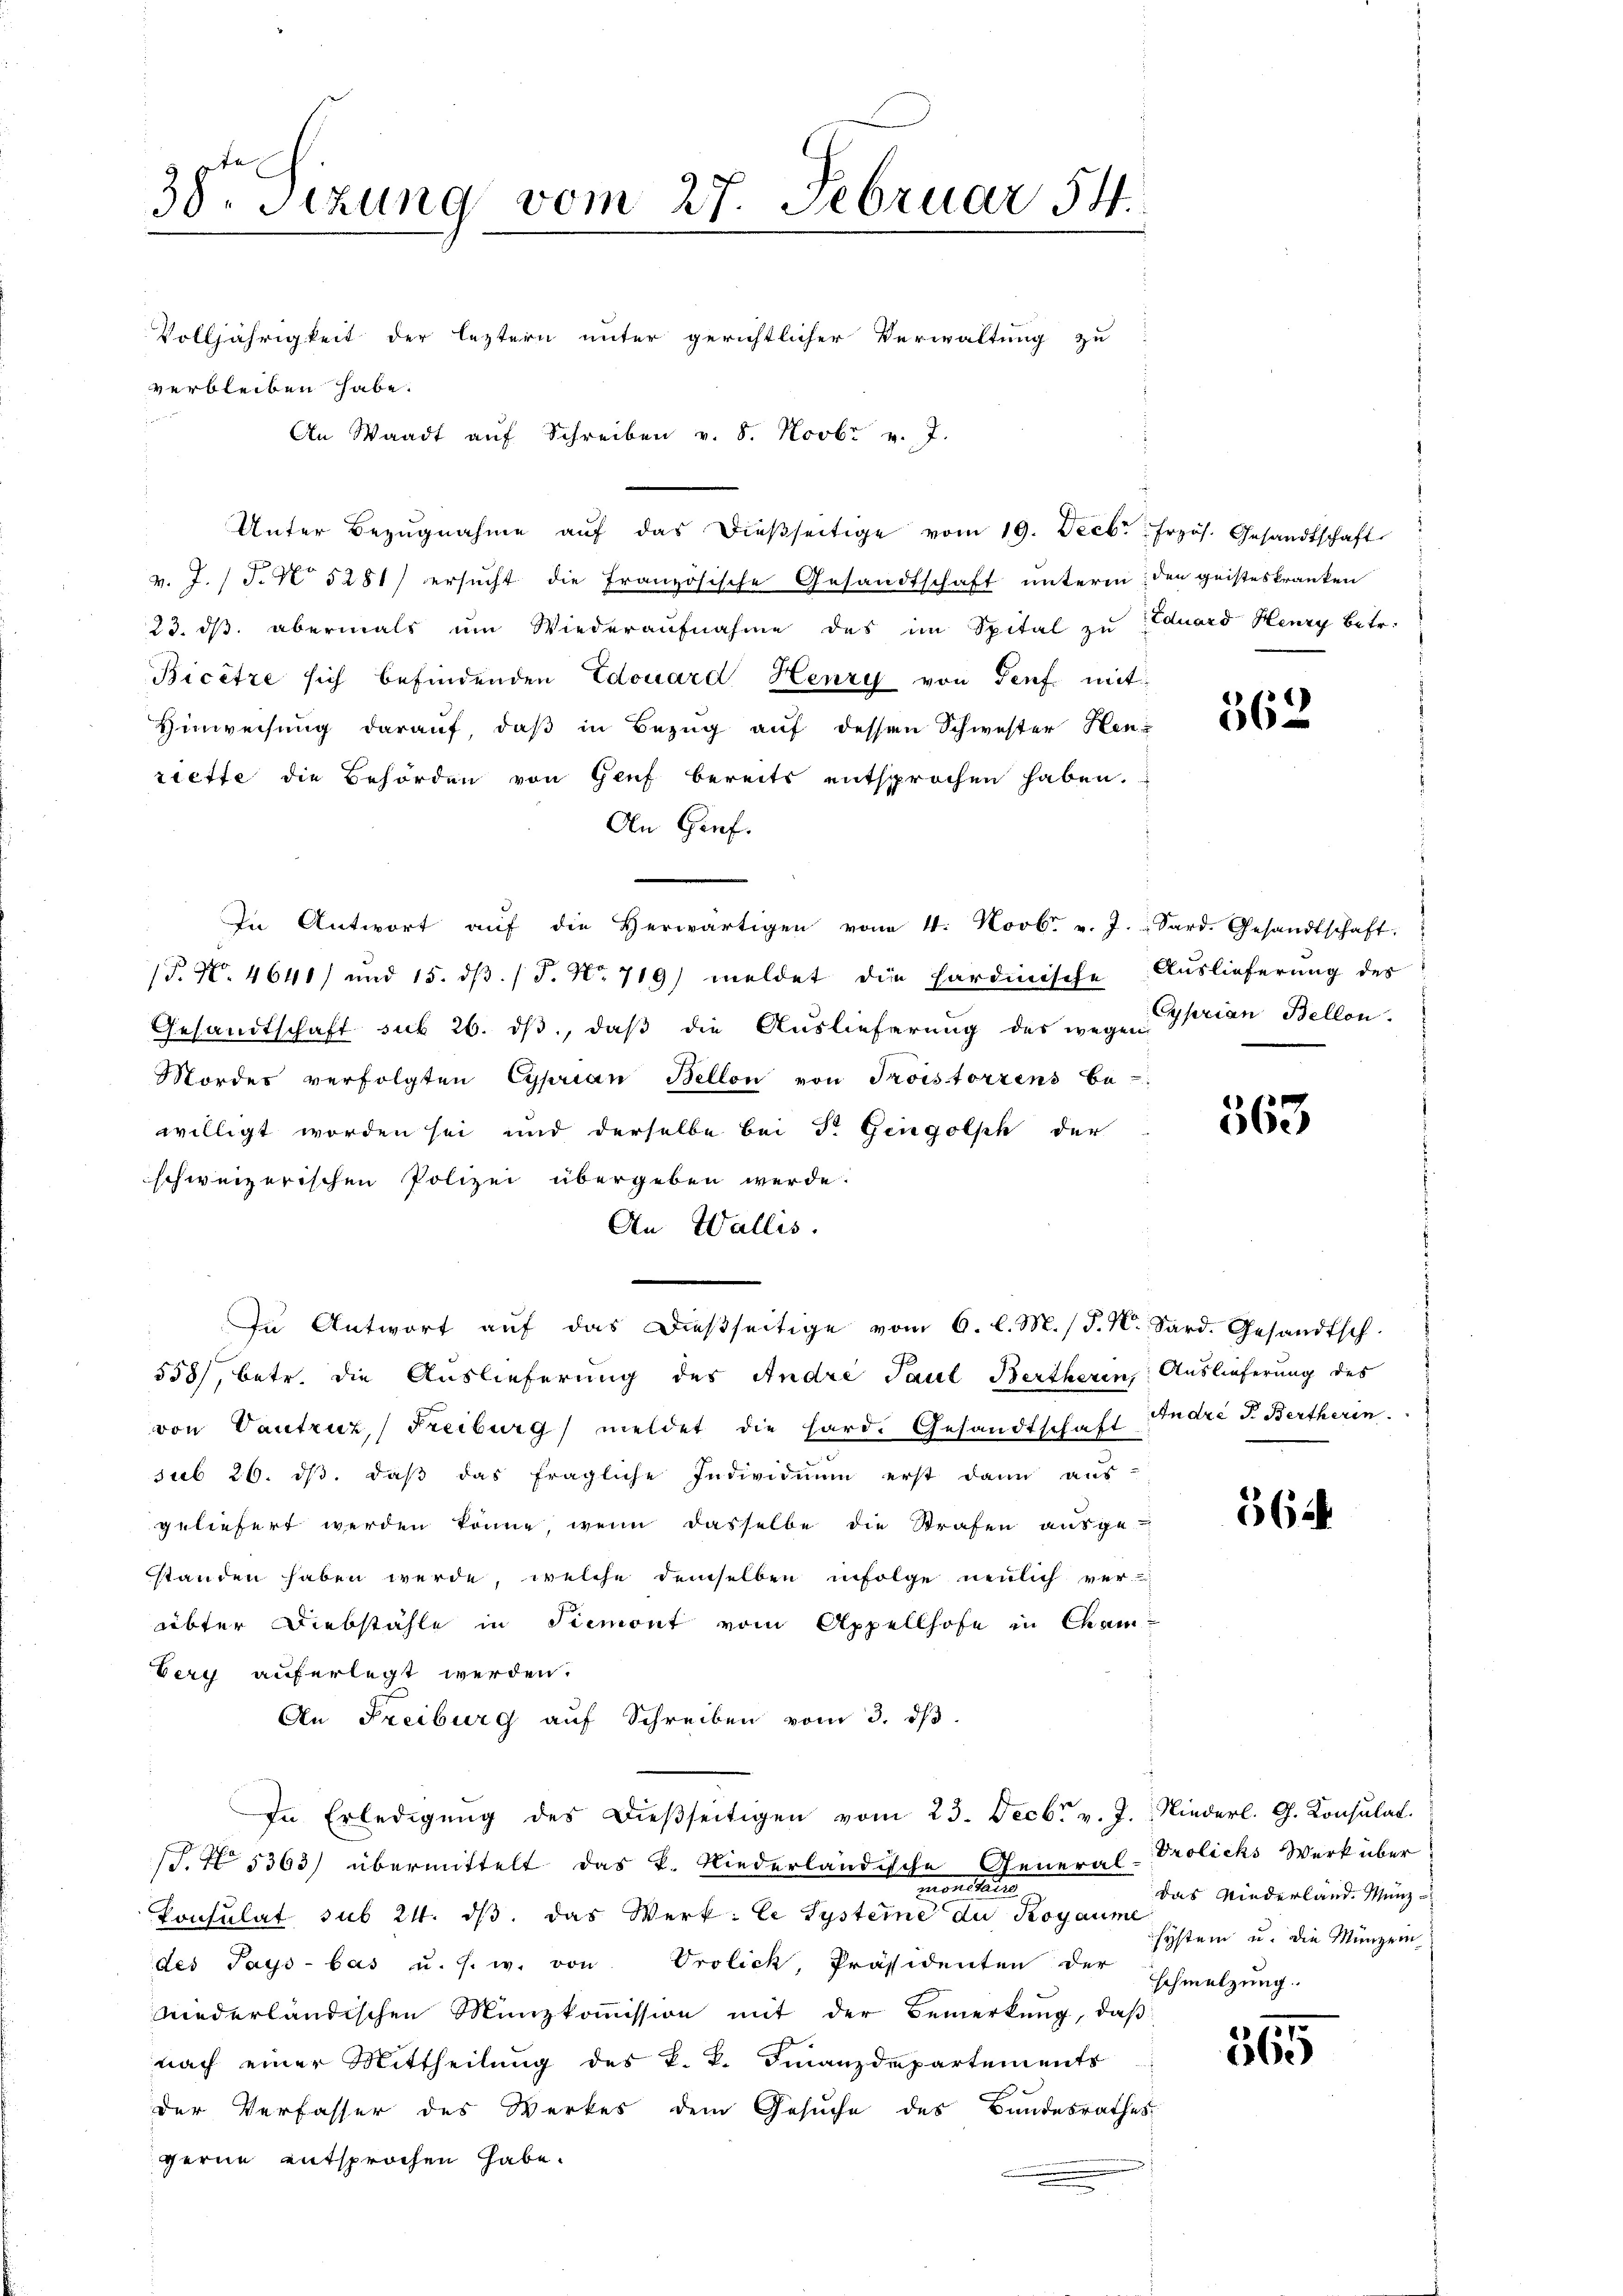
38 Sizung vom 27. Februar 54.
Volljährigkeit der leztern unter gerichtlicher Verwaltung zu
verbleiben habe.
An Waadt aŭf Schreiben v. 8. Novbr v. J.

In Antwort aŭf das dießseitige vom 6. l. M. J. K. Sard. Gesandtsch.

Unter Bezŭgnahme aŭf das dieβseitige vom 19. Decbr. frzös. Gesandtschaft
v. J. J. No 5281) ersucht die französische Gesandtschaft unterm den geisteskranken
23. dβ abermals ŭm Wiederaŭfnahme des im Spital zŭ Eduard Henry betr.
Bicetze sich befindenden Edouard Henry von Genf mit
Hinweisung darauf, daß in Bezug auf dessen Schwester Hen-
riette die Behörden von Genf bereits entsprochen haben.
An Graf.
In Antwort aŭf die herwärtigen vom 4. Novb. v. J. Sard. Gesandtschaft,
(P. Nr. 4640/ und 15. dβ. / P. Nr. 719) meldet die Hardinische Auslieferung des
Gesandtschaft sub 26. ds., daß die Auslieferung des wegen prian Bellon,
Mordes verfolgten Cyprian Bellon von Troistorzens be-
willigt worden sei und derselbe bei Dr. Gingolph der
schweizerischen Polizei übergeben werde.
An Wallis.
558), betr. die Auslieferung des Andre Paul Bertherin, Auslieferung des
von Vautruz, Freiburg meldet die Hard. Gesandtschaft André J. Bertherin.
sub 26. ds, daß das fragliche Individuum erst dann aus
geliefert werden könne, wenn dasselbe die Strafen ausge-
standen haben werde, welche demselben infolge neulich ver-
übter Diebstähle in Piemont vom Appellhofe in Chamberg auferlegt werden.
An Freiburg aŭf Schreiben vom 3. dβ.
In Erledigŭng des Dieβseitigen vom 23. Decbr v. J. Niederl. G. Konsulat
(S. 5363) übermittelt das k. Niederländische General-Prolichs Werk über
monetaria
Consulat sub 24. dβ das Werk: Ce Systeme zu Kogaume
des Pays bas u. s. w. von Prolick, Präsidenten der
wiederländischen Münzkommission mit der Bemerkung, daß
nach einer Mittheilung des k. k. Finanzdepartements
der Verfasser des Werkes dem Gesuche des Bandesrathes
gerne entsprochen habe.

562

563

56

das Niederland Munz
hystem u. die Münzen
schmelzung.

37.
56.